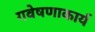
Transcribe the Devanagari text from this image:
गवेषणाकार्य